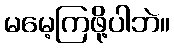
မမေ့ကြဖို့ပါဘဲ။